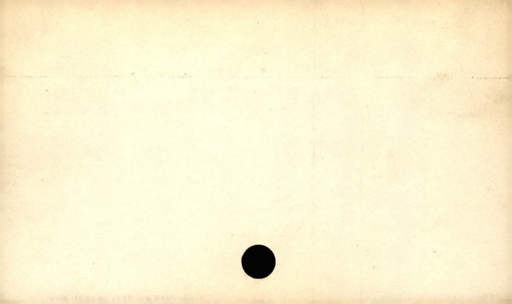
Label: divider